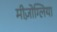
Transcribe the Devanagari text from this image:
मीज़ोग्लिया